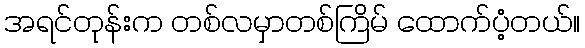
အရင်တုန်းက တစ်လမှာတစ်ကြိမ် ထောက်ပံ့တယ်။